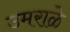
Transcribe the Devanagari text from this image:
उमराळे